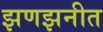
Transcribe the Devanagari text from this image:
झणझनीत